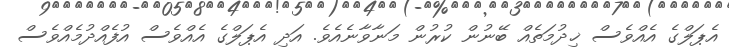
އެޕަލްގެ އެއްވެސް ޚިދުމަތެއް ބޭނުން ކުރުން މަނާވާނެއެވެ. އަދި އެޕަލްގެ އެއްވެސް އުފެއްދުމެއްވެސް